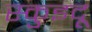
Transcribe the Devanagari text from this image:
स्कुइदू